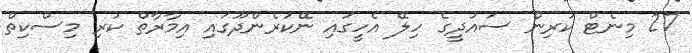
27 މިނެޓް ކުރިން ސައުދީގެ ހިލޭ އެހީގައި ނޭކުރެންދޫގައި އިމާރާތް ކުރި މިސްކިތް